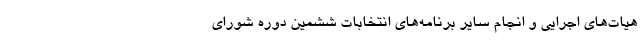
هیات‌های اجرایی و انجام سایر برنامه‌های انتخابات ششمین دوره شورای